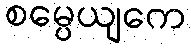
စမ္ပေယျကေ